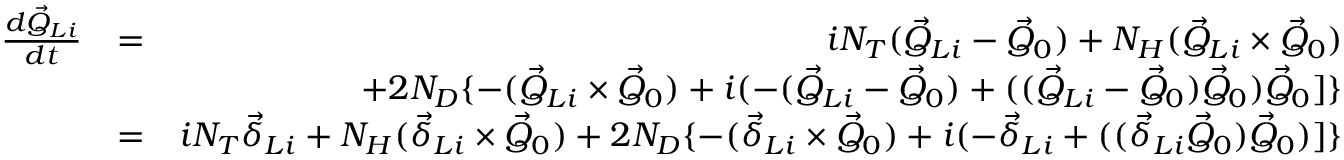
\begin{array} { r l r } { \frac { d \vec { Q } _ { L i } } { d t } } & { = } & { i N _ { T } ( \vec { Q } _ { L i } - \vec { Q } _ { 0 } ) + N _ { H } ( \vec { Q } _ { L i } \times \vec { Q } _ { 0 } ) } \\ & { } & { + 2 N _ { D } \{ - ( \vec { Q } _ { L i } \times \vec { Q } _ { 0 } ) + i ( - ( \vec { Q } _ { L i } - \vec { Q } _ { 0 } ) + ( ( \vec { Q } _ { L i } - \vec { Q } _ { 0 } ) \vec { Q } _ { 0 } ) \vec { Q } _ { 0 } ] \} } \\ & { = } & { i N _ { T } \vec { \delta } _ { L i } + N _ { H } ( \vec { \delta } _ { L i } \times \vec { Q } _ { 0 } ) + 2 N _ { D } \{ - ( \vec { \delta } _ { L i } \times \vec { Q } _ { 0 } ) + i ( - \vec { \delta } _ { L i } + ( ( \vec { \delta } _ { L i } \vec { Q } _ { 0 } ) \vec { Q } _ { 0 } ) ] \} } \end{array}